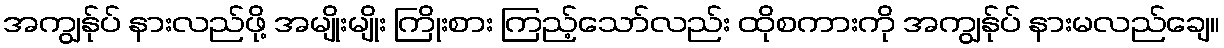
အကျွန်ုပ် နားလည်ဖို့ အမျိုးမျိုး ကြိုးစား ကြည့်သော်လည်း ထိုစကားကို အကျွန်ုပ် နားမလည်ချေ။